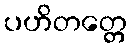
ပဟိတတ္တေ